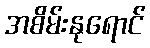
အစိမ်းနုရောင်